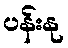
ပန်းနု